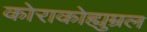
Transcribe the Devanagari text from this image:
कोराकोह्युम्रल